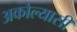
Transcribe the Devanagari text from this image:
अकोल्यासी